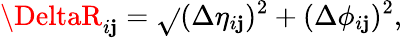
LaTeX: \DeltaR_{i\mathbf{j}}=\sqrt{}{{(\Delta\eta_{i\mathbf{j}})^{2}+(\Delta\phi_{i\mathbf{j}})^{2}}},